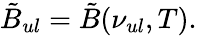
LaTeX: \tilde{B}_{ul}=\tilde{B}(\nu_{ul},T).